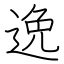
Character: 逸